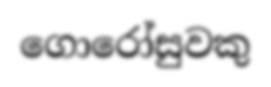
ගොරෝසුවකු